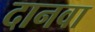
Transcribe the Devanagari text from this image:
दानवा